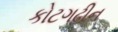
કોટગઢીન